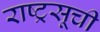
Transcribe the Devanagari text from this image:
राष्ट्रसूची